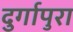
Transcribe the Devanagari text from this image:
दुर्गापुरा